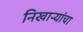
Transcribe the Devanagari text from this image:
निखाऱ्यांचा